Etiology and epidemiology of plague
Disease focus: Plague
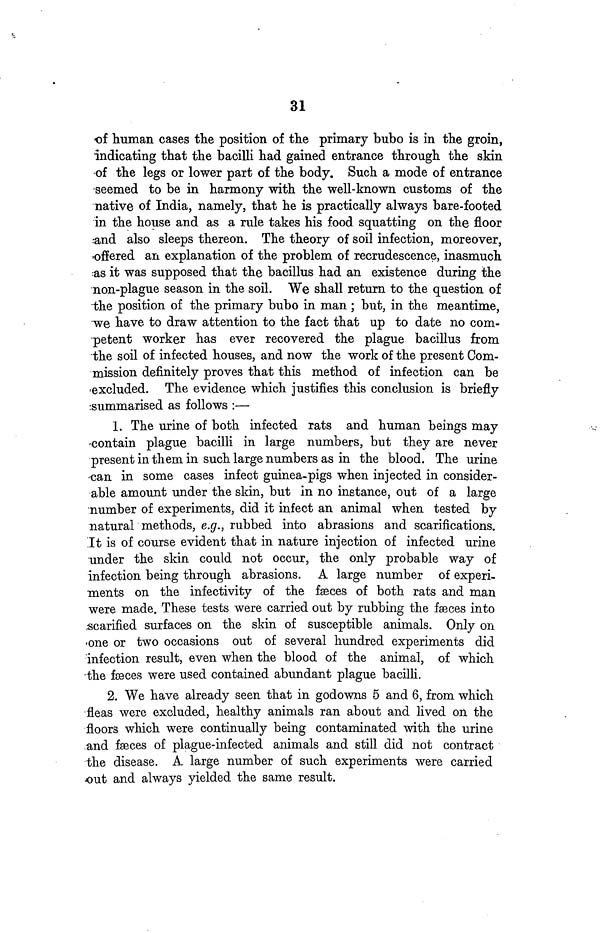
31
of human cases the position of the primary bubo is in the groin,
indicating that the bacilli had gained entrance through the skin
of the legs or lower part of the body. Such a mode of entrance
seemed to be in harmony with the well-known customs of the
native of India, namely, that he is practically always bare-footed
in the house and as a rule takes his food squatting on the floor
and also sleeps thereon. The theory of soil infection, moreover,
offered an explanation of the problem of recrudescence, inasmuch
as it was supposed that the bacillus had an existence during the
non-plague season in the soil. We shall return to the question of
the position of the primary bubo in man ; but, in the meantime,
we have to draw attention to the fact that up to date no com-
petent worker has ever recovered the plague bacillus from
the soil of infected houses, and now the work of the present Com-
mission definitely proves that this method of infection can be
excluded. The evidence which justifies this conclusion is briefly
summarised as follows :—
1. The urine of both infected rats and human beings may
contain plague bacilli in large numbers, but they are never
present in them in such large numbers as in the blood. The urine
-can in some cases infect guinea-pigs when injected in consider-
able amount under the skin, but in no instance, out of a large
number of experiments, did it infect an animal when tested by
natural methods, e.g., rubbed into abrasions and scarifications.
It is of course evident that in nature injection of infected urine
under the skin could not occur, the only probable way of
infection being through abrasions. A large number of experi-
ments on the infectivity of the fæces of both rats and man
were made. These tests were carried out by rubbing the fæces into
scarified surfaces on the skin of susceptible animals. Only on
one or two occasions out of several hundred experiments did
infection result, even when the blood of the animal, of which
the fæces were used contained abundant plague bacilli.
2. We have already seen that in godowns 5 and 6, from which
fleas were excluded, healthy animals ran about and lived on the
floors which were continually being contaminated with the urine
and fæces of plague-infected animals and still did not contract
the disease. A large number of such experiments were carried
out and always yielded the same result.